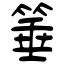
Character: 箠